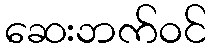
ဆေးဘက်ဝင်